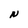
Character: N